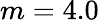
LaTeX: m=4.0